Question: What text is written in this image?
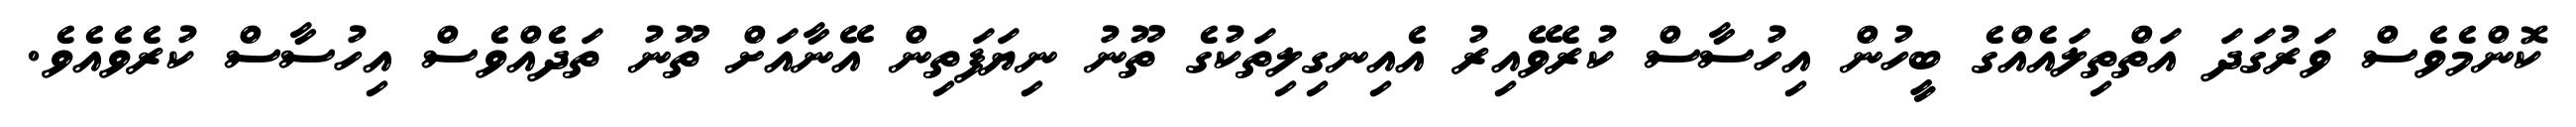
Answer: ކޮންމެވެސް ވަރުގަދަ އަތްތިލައެއްގެ ބީހުން އިހުސާސް ކުރެވޭއިރު އެއިނގިލިތަކުގެ ތޫނު ނިޔަފަތިން އޭނާއަށް ތޫނު ތަދެއްވެސް އިހުސާސް ކުރެވެއެވެ.